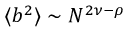
\langle b ^ { 2 } \rangle \sim N ^ { 2 \nu - \rho }